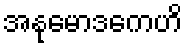
အနုမောဒကေဟိ